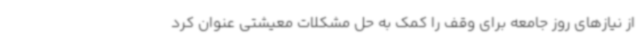
از نیازهای روز جامعه برای وقف را کمک به حل مشکلات معیشتی عنوان کرد